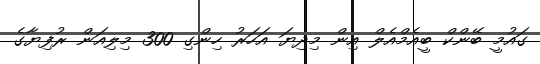
ގައުމީ ބޭންކް ބީއެމްއެލް އިން މިދިޔަ އަހަރު ހިންގި 300 މިލިއަން ރުފިޔާގެ